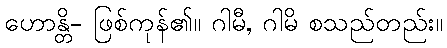
ဟောန္တိ- ဖြစ်ကုန်၏။ ဂါမီ, ဂါမိ စသည်တည်း။